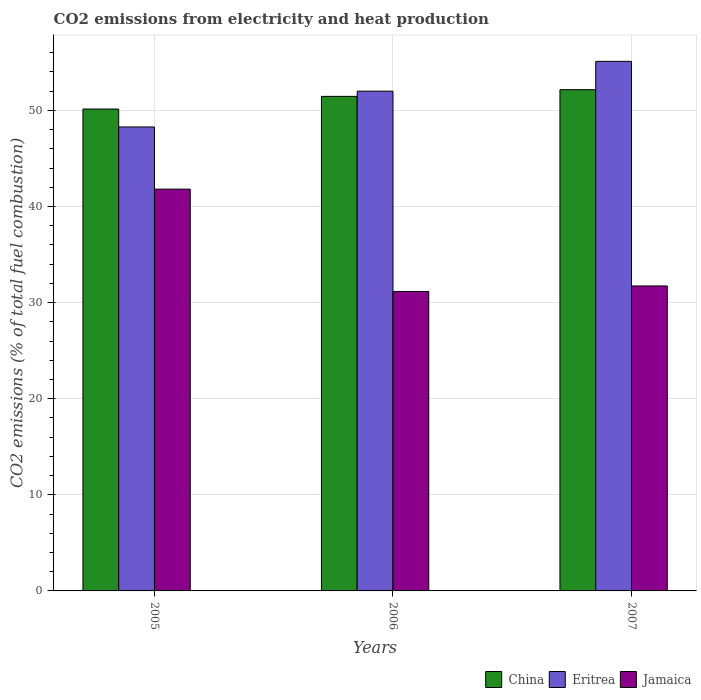
| Years | China | Eritrea | Jamaica |
 | --- | --- | --- | --- |
 | 2005 | 50.1 | 48.3 | 41.8 |
 | 2006 | 51.5 | 52 | 31.2 |
 | 2007 | 52.2 | 55.1 | 31.7 |